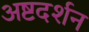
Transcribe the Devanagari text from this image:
अष्टदर्शन